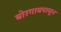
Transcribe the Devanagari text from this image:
बोरगावपासून